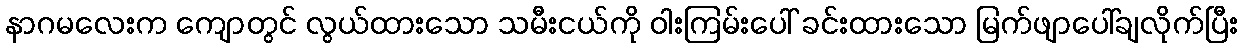
နာဂမလေးက ကျောတွင် လွယ်ထားသော သမီးငယ်ကို ဝါးကြမ်းပေါ် ခင်းထားသော မြက်ဖျာပေါ်ချလိုက်ပြီး